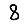
Digit: 8